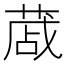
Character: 蒧